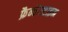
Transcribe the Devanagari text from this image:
फ्रैन्केंस्टाइन